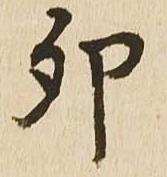
卯